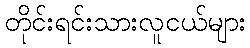
တိုင်းရင်းသားလူငယ်များ